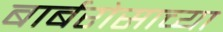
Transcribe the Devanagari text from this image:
बार्बरोसाच्या